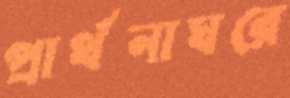
প্রার্থনাঘরে